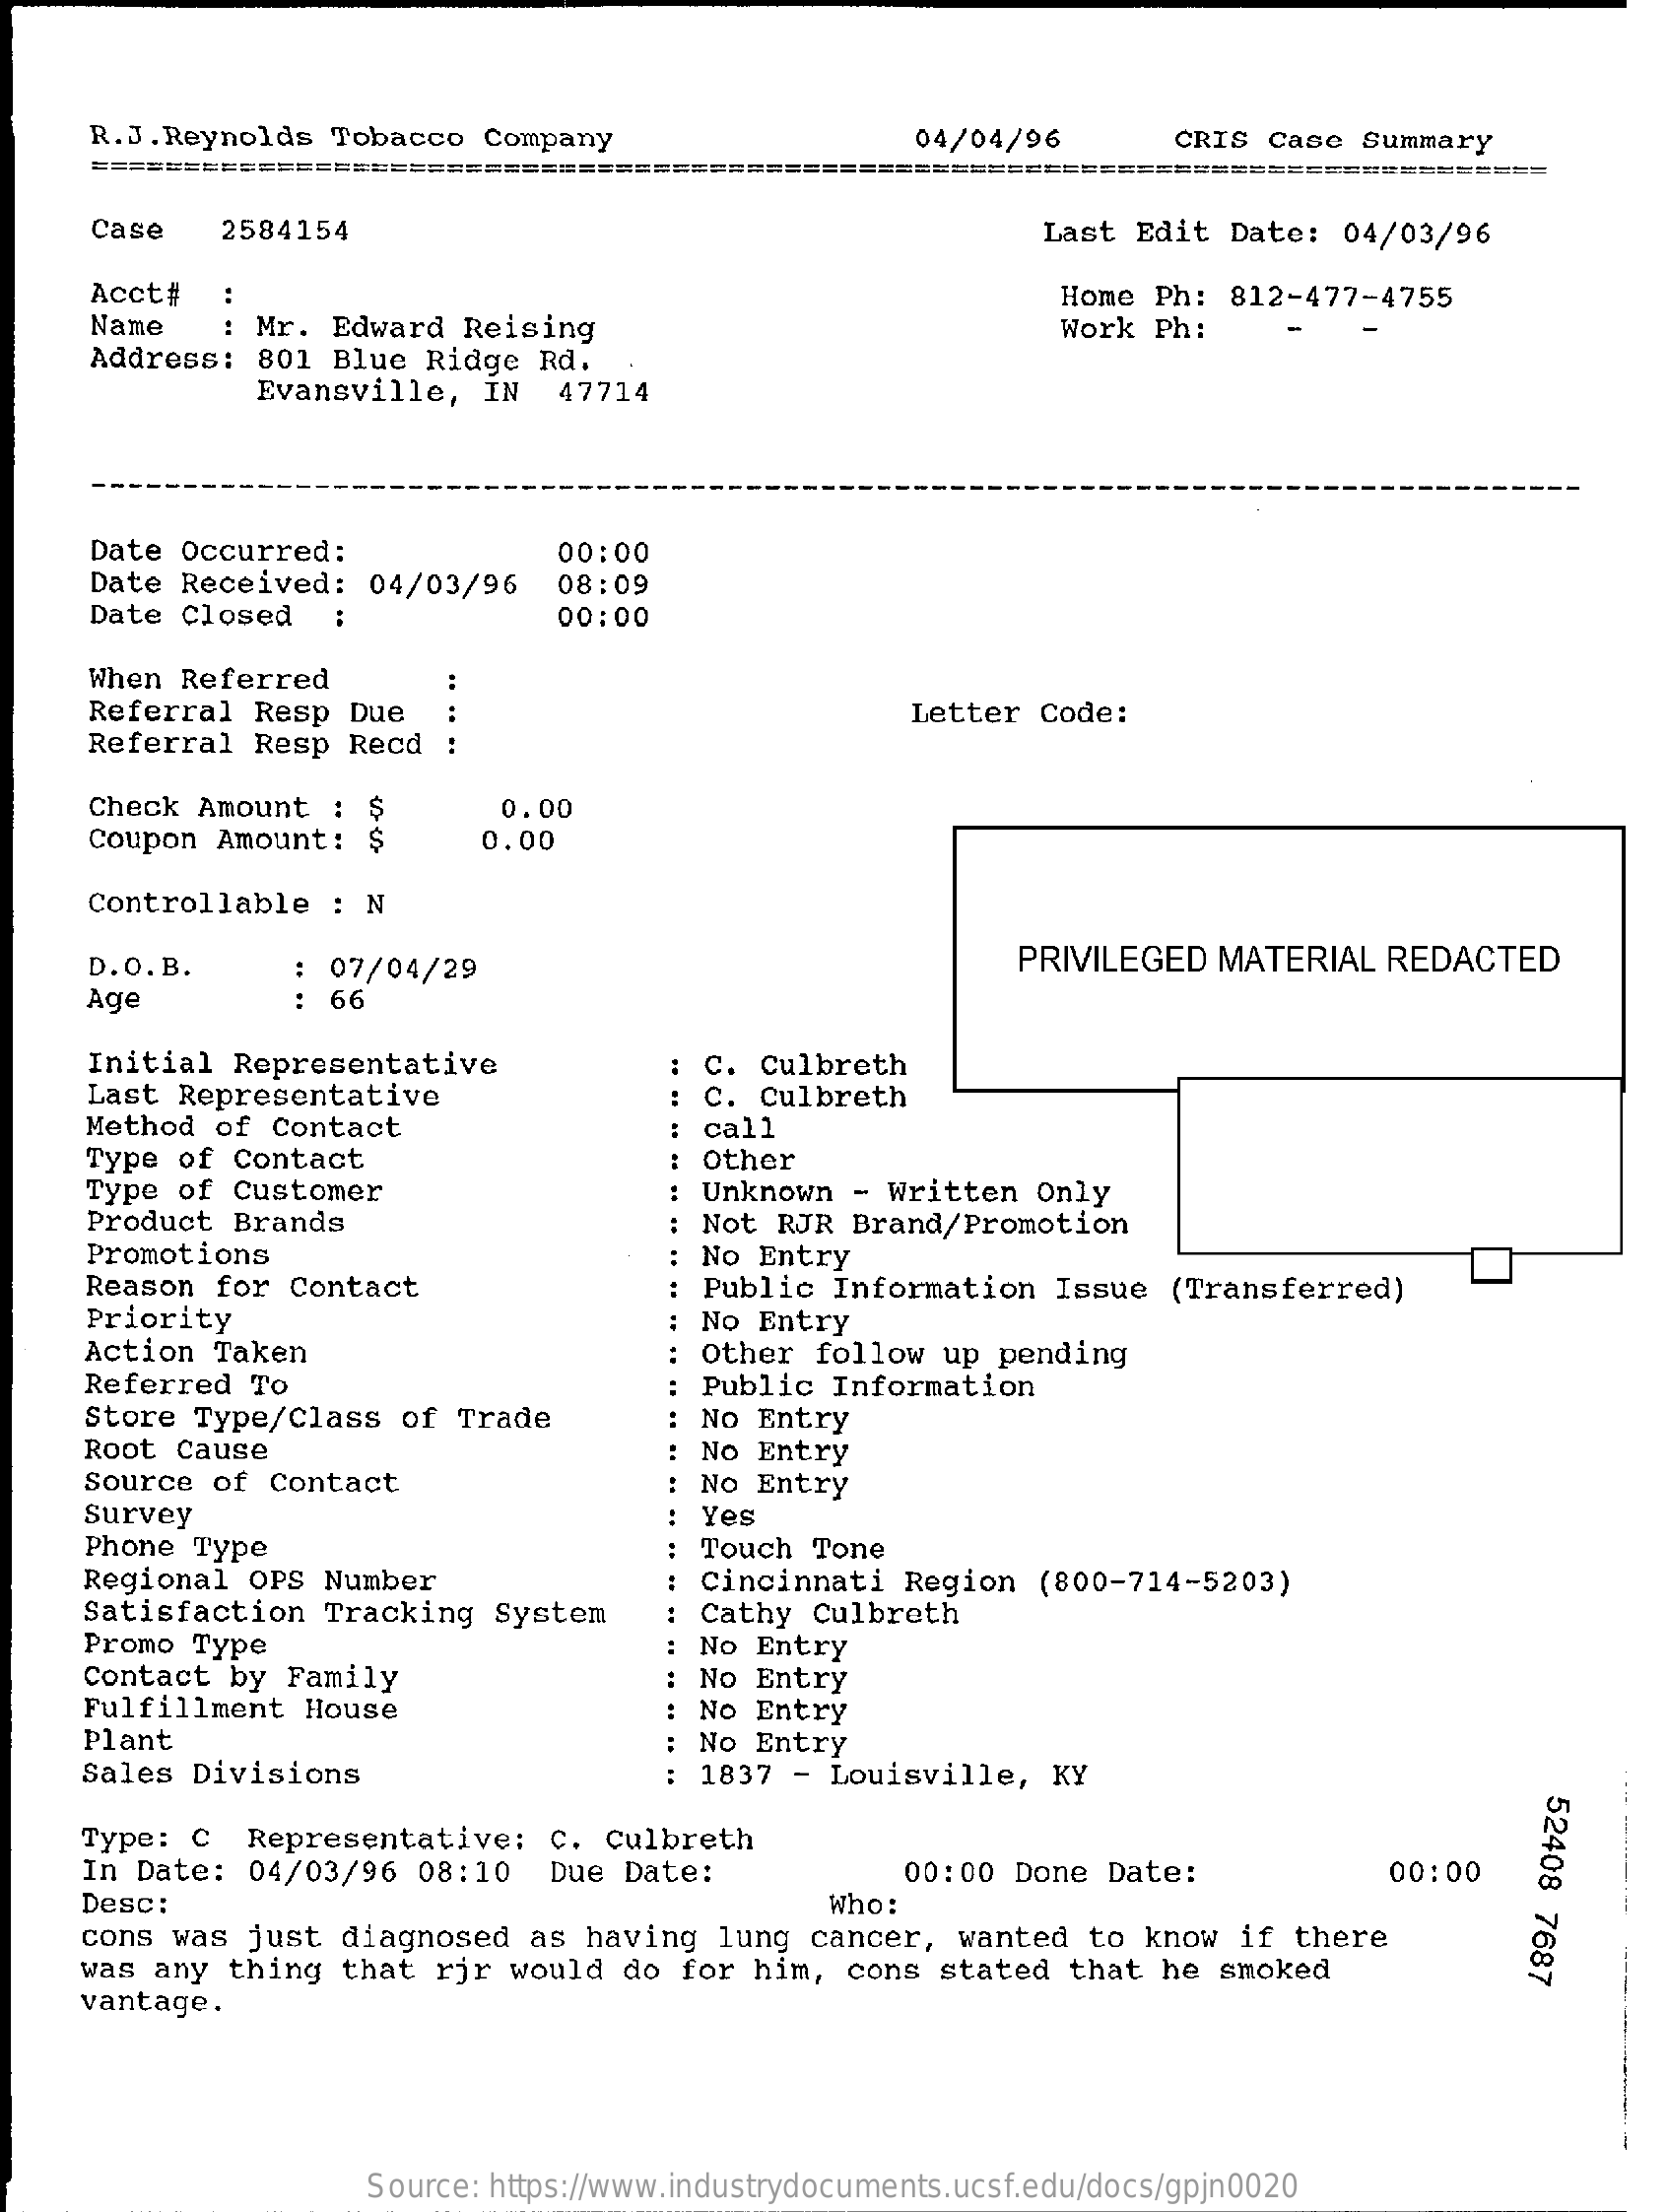
R.J. Reynolds  Tobacco   Company    04/04/96    CRIS  Case Summary
     Case    2584154    Last Edit  Date:  04/03/96
     Acct#    Home Ph:  812-477-4755
     Name    : Mr.  Edward  Reising    Work Ph:
     Address:  801  Blue  Ridge  Rd.
     Evansville,    IN   47714
     Date  Occurred:    00:00
     Date Received:   04/03/96    08:09
     Date  Closed   :    00:00
     When Referred
     Referral  Resp  Due    Letter  Code:
     Referral  Resp  Recd
     Check  Amount  :  $    0.00
     Coupon  Amount:   $    0.00
     Controllable   : N
     D.O. B.    : 07/04/29    PRIVILEGED  MATERIAL   REDACTED
     Age    66
     Initial  Representative
     Last Representative
     C. Culbreth
     Method  of Contact
     C. Culbreth
     call
     Type of  Contact    Other
     Type of  Customer    Unknown  - Written   Only
     Product  Brands    : Not RJR  Brand/Promotion
     Promotions    : No Entry
     Reason  for Contact    : Public  Information   Issue  (Transferred)
     Priority    No Entry
     Action  Taken
     Referred  To
     Other  follow  up pending
     Public  Information
     Store Type/Class   of  Trade    No Entry
     Root Cause    No Entry
     Source of  Contact    No Entry
     Survey    Yes
     Phone Type    : Touch  Tone
     Regional   OPS Number    Cincinnati   Region   (800-714-5203)
     Satisfaction   Tracking  System    Cathy   Culbreth
     Promo Type
     Contact  by Family
     No  Entry
     No  Entry
     Fulfillment   House    No  Entry
     Plant    : No Entry
     Sales  Divisions    : 1837 -  Louisville,   KY
     52408
     7687
     Type:  C   Representative:    C. culbreth
     In Date:  04/03/96   08:10   Due  Date:    00:00 Done  Date:    00:00
     Desc:    Who:
     cons  was  just  diagnosed   as having   lung cancer,   wanted  to  know  if there
     was  any  thing  that  rir would   do for  him,  cons  stated  that  he smoked
     vantage.
     Source: https://www.industrydocuments.ucsf.edu/docs/gpjn0020